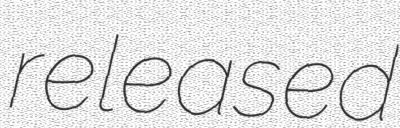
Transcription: released